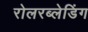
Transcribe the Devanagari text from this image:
रोलरब्लेडिंग